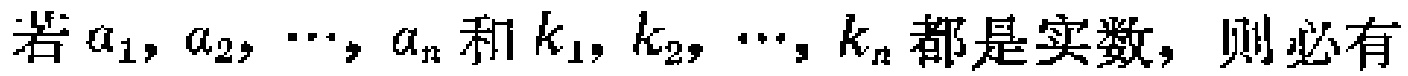
若\(a_{1},a_{2},\cdots,a_{n}\)和\(k_{1},k_{2},\cdots,k_{n}\)都是实数，则必有